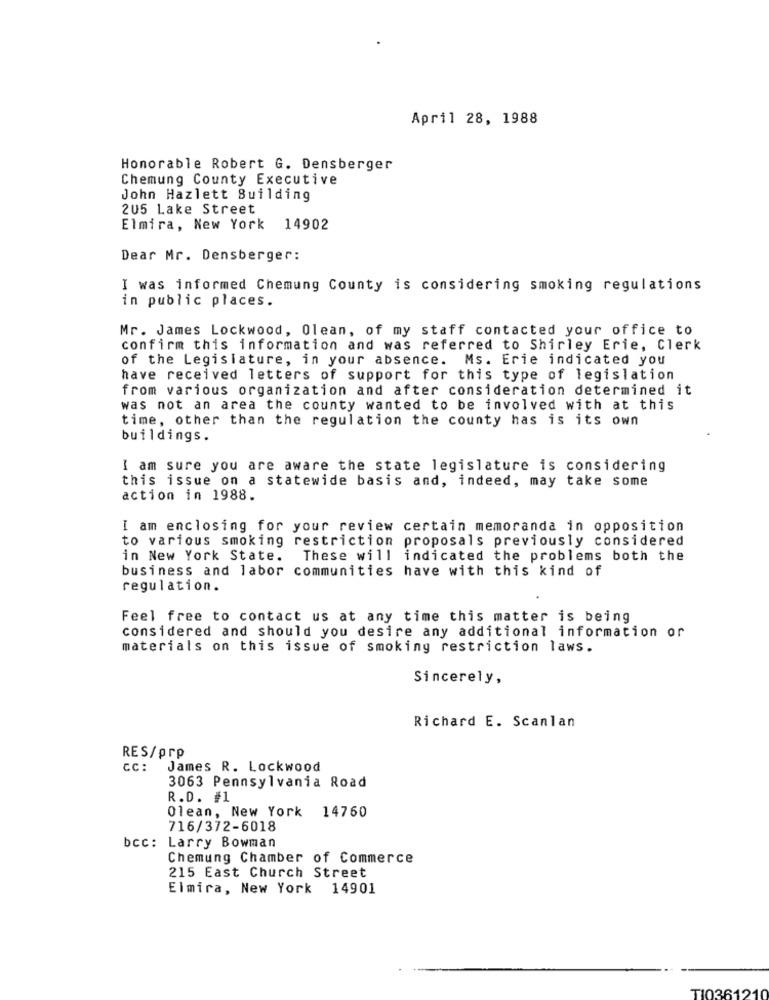
April 28, 1988
Honorable Robert G. Densberger
Chemung County Executive
John Hazlett Building
205 Lake Street
Elmira, New York 14902
Dear Mr. Densberger:
I was informed Chemung County is considering smoking regulations
in public places.
Mr. James Lockwood, Olean, of my staff contacted your office to
confirm this information and was referred to Shirley Erie, Clerk
of the Legislature, in your absence. Ms. Erie indicated you
have received letters of support for this type of legislation
from various organization and after consideration determined it
was not an area the county wanted to be involved with at this
time, other than the regulation the county has is its own
buildings.
I am sure you are aware the state legislature is considering
this issue on a statewide basis and, indeed, may take some
action in 1988.
I am enclosing for your review certain memoranda in opposition
to various smoking restriction proposals previously considered
in New York State.
These will indicated the problems both the
business and labor communities have with this kind of
regulation.
Feel free to contact us at any time this matter is being
considered and should you desire any additional information or
materials on this issue of smoking restriction laws.
Sincerely,
Richard E. Scanlan
RES/prp
CC :
James R. Lockwood
3063 Pennsylvania Road
R.D. #1
Olean, New York 14760
716/372-6018
bcc: Larry Bowman
Chemung Chamber of Commerce
215 East Church Street
Elmira, New York 14901
TI036121